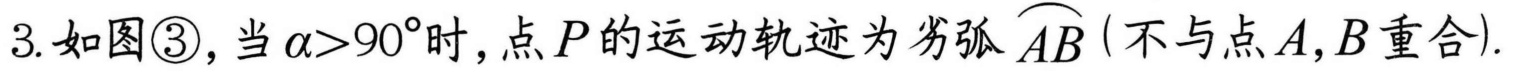
3. 如图\textcircled{3}, 当\(\alpha > 90^{\circ}\)时, 点\(P\)的运动轨迹为劣弧\(\overset{\frown}{AB}\) (不与点\(A,B\)重合).